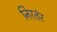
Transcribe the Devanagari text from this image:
निरतंर